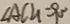
\angle A C H = 9 0 ^ { \circ }